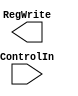
module Control(ControlIn, RegWrite);


input [6:0] ControlIn;
output reg RegWrite;

always @(ControlIn) begin
    $display("%b", ControlIn);

end

endmodule